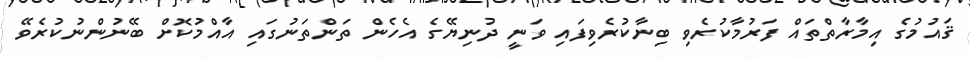
ޤައުމުގެ އިމާރާތްތައް ފަރުމާކުރެވި ބިނާކުރެވިފައި ވަނީ ދުނިޔޭގެ އެހެން ތަންތަނުގައި އާއްމުކޮށް ބޭނުންނުކުރެވޭ